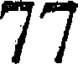
77